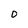
Character: 0